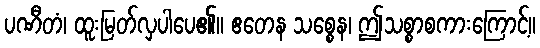
ပဏီတံ၊ ထူးမြတ်လှပါပေ၏။ ဧတေန သစ္စေန၊ ဤသစ္စာစကားကြောင့်။